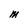
Character: M